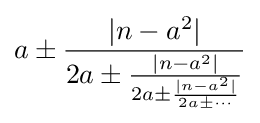
a\pm {\frac {|n-a^{2}|}{2a\pm {\frac {|n-a^{2}|}{2a\pm {\frac {|n-a^{2}|}{2a\pm \cdots }}}}}}